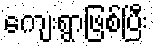
ကျေးရွာဖြစ်ပြီး